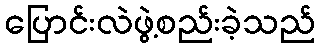
ပြောင်းလဲဖွဲ့စည်းခဲ့သည်